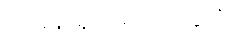
အခန်း၌လည်း ပြခဲ့ပြီ။)